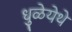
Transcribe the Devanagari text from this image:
धुळेयेथे